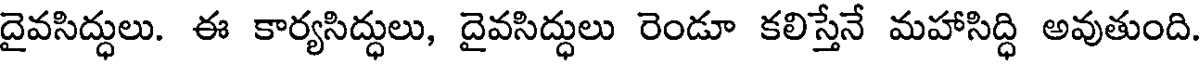
దైవసిద్ధులు. ఈ కార్యసిద్ధులు, దైవసిద్ధులు రెండూ కలిస్తేనే మహాసిద్ధి అవుతుంది